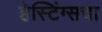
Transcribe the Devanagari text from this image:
हेस्टिंग्सचा